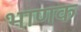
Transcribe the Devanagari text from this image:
भाणक